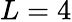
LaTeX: L=4